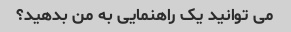
می توانید یک راهنمایی به من بدهید؟